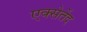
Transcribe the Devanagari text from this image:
एक्सेर्तेद